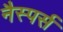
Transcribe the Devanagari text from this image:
नैस्पर्स